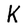
Character: K